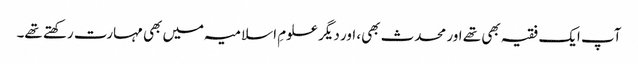
آپ ایک فقیہ بھی تھے اور محدث بھی، اور دیگر علومِ اسلامیہ میں بھی مہارت رکھتے تھے۔